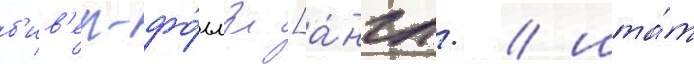
б'ив'ер-фо́ллз [а́нгл. / шта́т